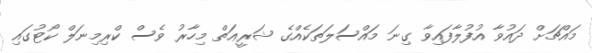
މައްޗަށް ދައުވާ އުފުލާފައިވާ ގިނަ މައްސަލަތަކެއްގެ ޝަރީޢަތް މިހާރު ވެސް ކްރިމިނަލް ކޯޓުގައި